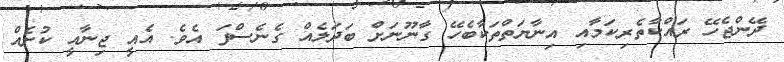
ދޭންޖެހޭ ރައްކާތެރިކަމާއި އިނާޔަތްތަކާބެހޭ ގާނޫނަށް ބަދަލެއް ގެނެސްފަ އެވެ. އެއީ ޖިނާއީ ކުށެއް